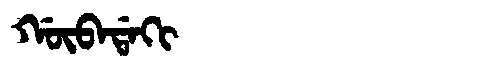
Manchu: ᡤᡡᠪᠠᡩᠠᡴᡳ
Romanization: GŪBADAKI